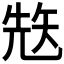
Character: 𥏋